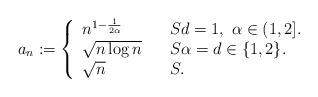
LaTeX: \begin{align*} a_n:=\left\{ \begin{array}{lll}n^{1- \frac{1}{2\alpha}} & & S d=1,\ \alpha\in (1,2].\\\sqrt{n\log n} & & S\alpha=d\in\{1,2\}.\\\sqrt{n} & & S.\end{array}\right.\end{align*}